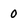
Character: 0